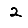
Digit: 2